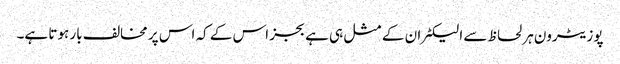
پوزیٹرون ہر لحاظ سے الیکٹران کے مثل ہی ہے بجز اس کے کہ اس پر مخالف بار ہوتا ہے۔